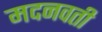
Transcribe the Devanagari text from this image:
मदनवती